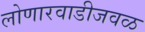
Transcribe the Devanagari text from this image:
लोणारवाडीजवळ